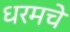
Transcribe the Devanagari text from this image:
धरमचे